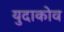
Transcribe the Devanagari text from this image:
युदाकोव